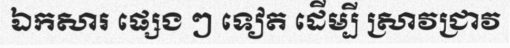
ឯកសារ ផ្សេង ៗ ទៀត ដើម្បី ស្រាវជ្រាវ